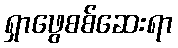
ရှာဖွေစစ်ဆေးရာ